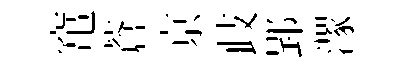
𥧄蒼亰歧郢潈